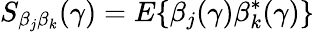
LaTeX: S_{\beta_{j}\beta_{k}}(\gamma)=E\{ \beta_{j}(\gamma)\beta_{k}^{*}(\gamma)\}